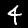
Label: 4